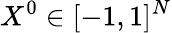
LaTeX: X^{0}\in[-1,1]^{N}